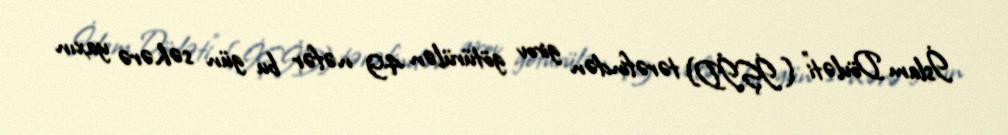
İslam Dövləti” (İŞİD) tərəfindən girov götürülən 49 nəfər bu gün səhərə yaxın